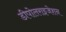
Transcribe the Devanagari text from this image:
डीपोलराइजेशन